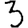
Digit: 3